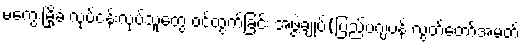
မကွေးမြို့ခံ လုပ်ငန်းလုပ်သူတွေ ဝင်ထွက်ခြင်း အဖွဲ့ချုပ်(ပြည်ပဂျပန် လွတ်တော်အမတ်